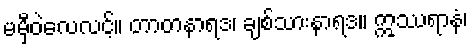
မမှီဝဲလေလင့်။ တာတနာရဒ၊ ချစ်သားနာရဒ။ ဣဿရာနံ၊